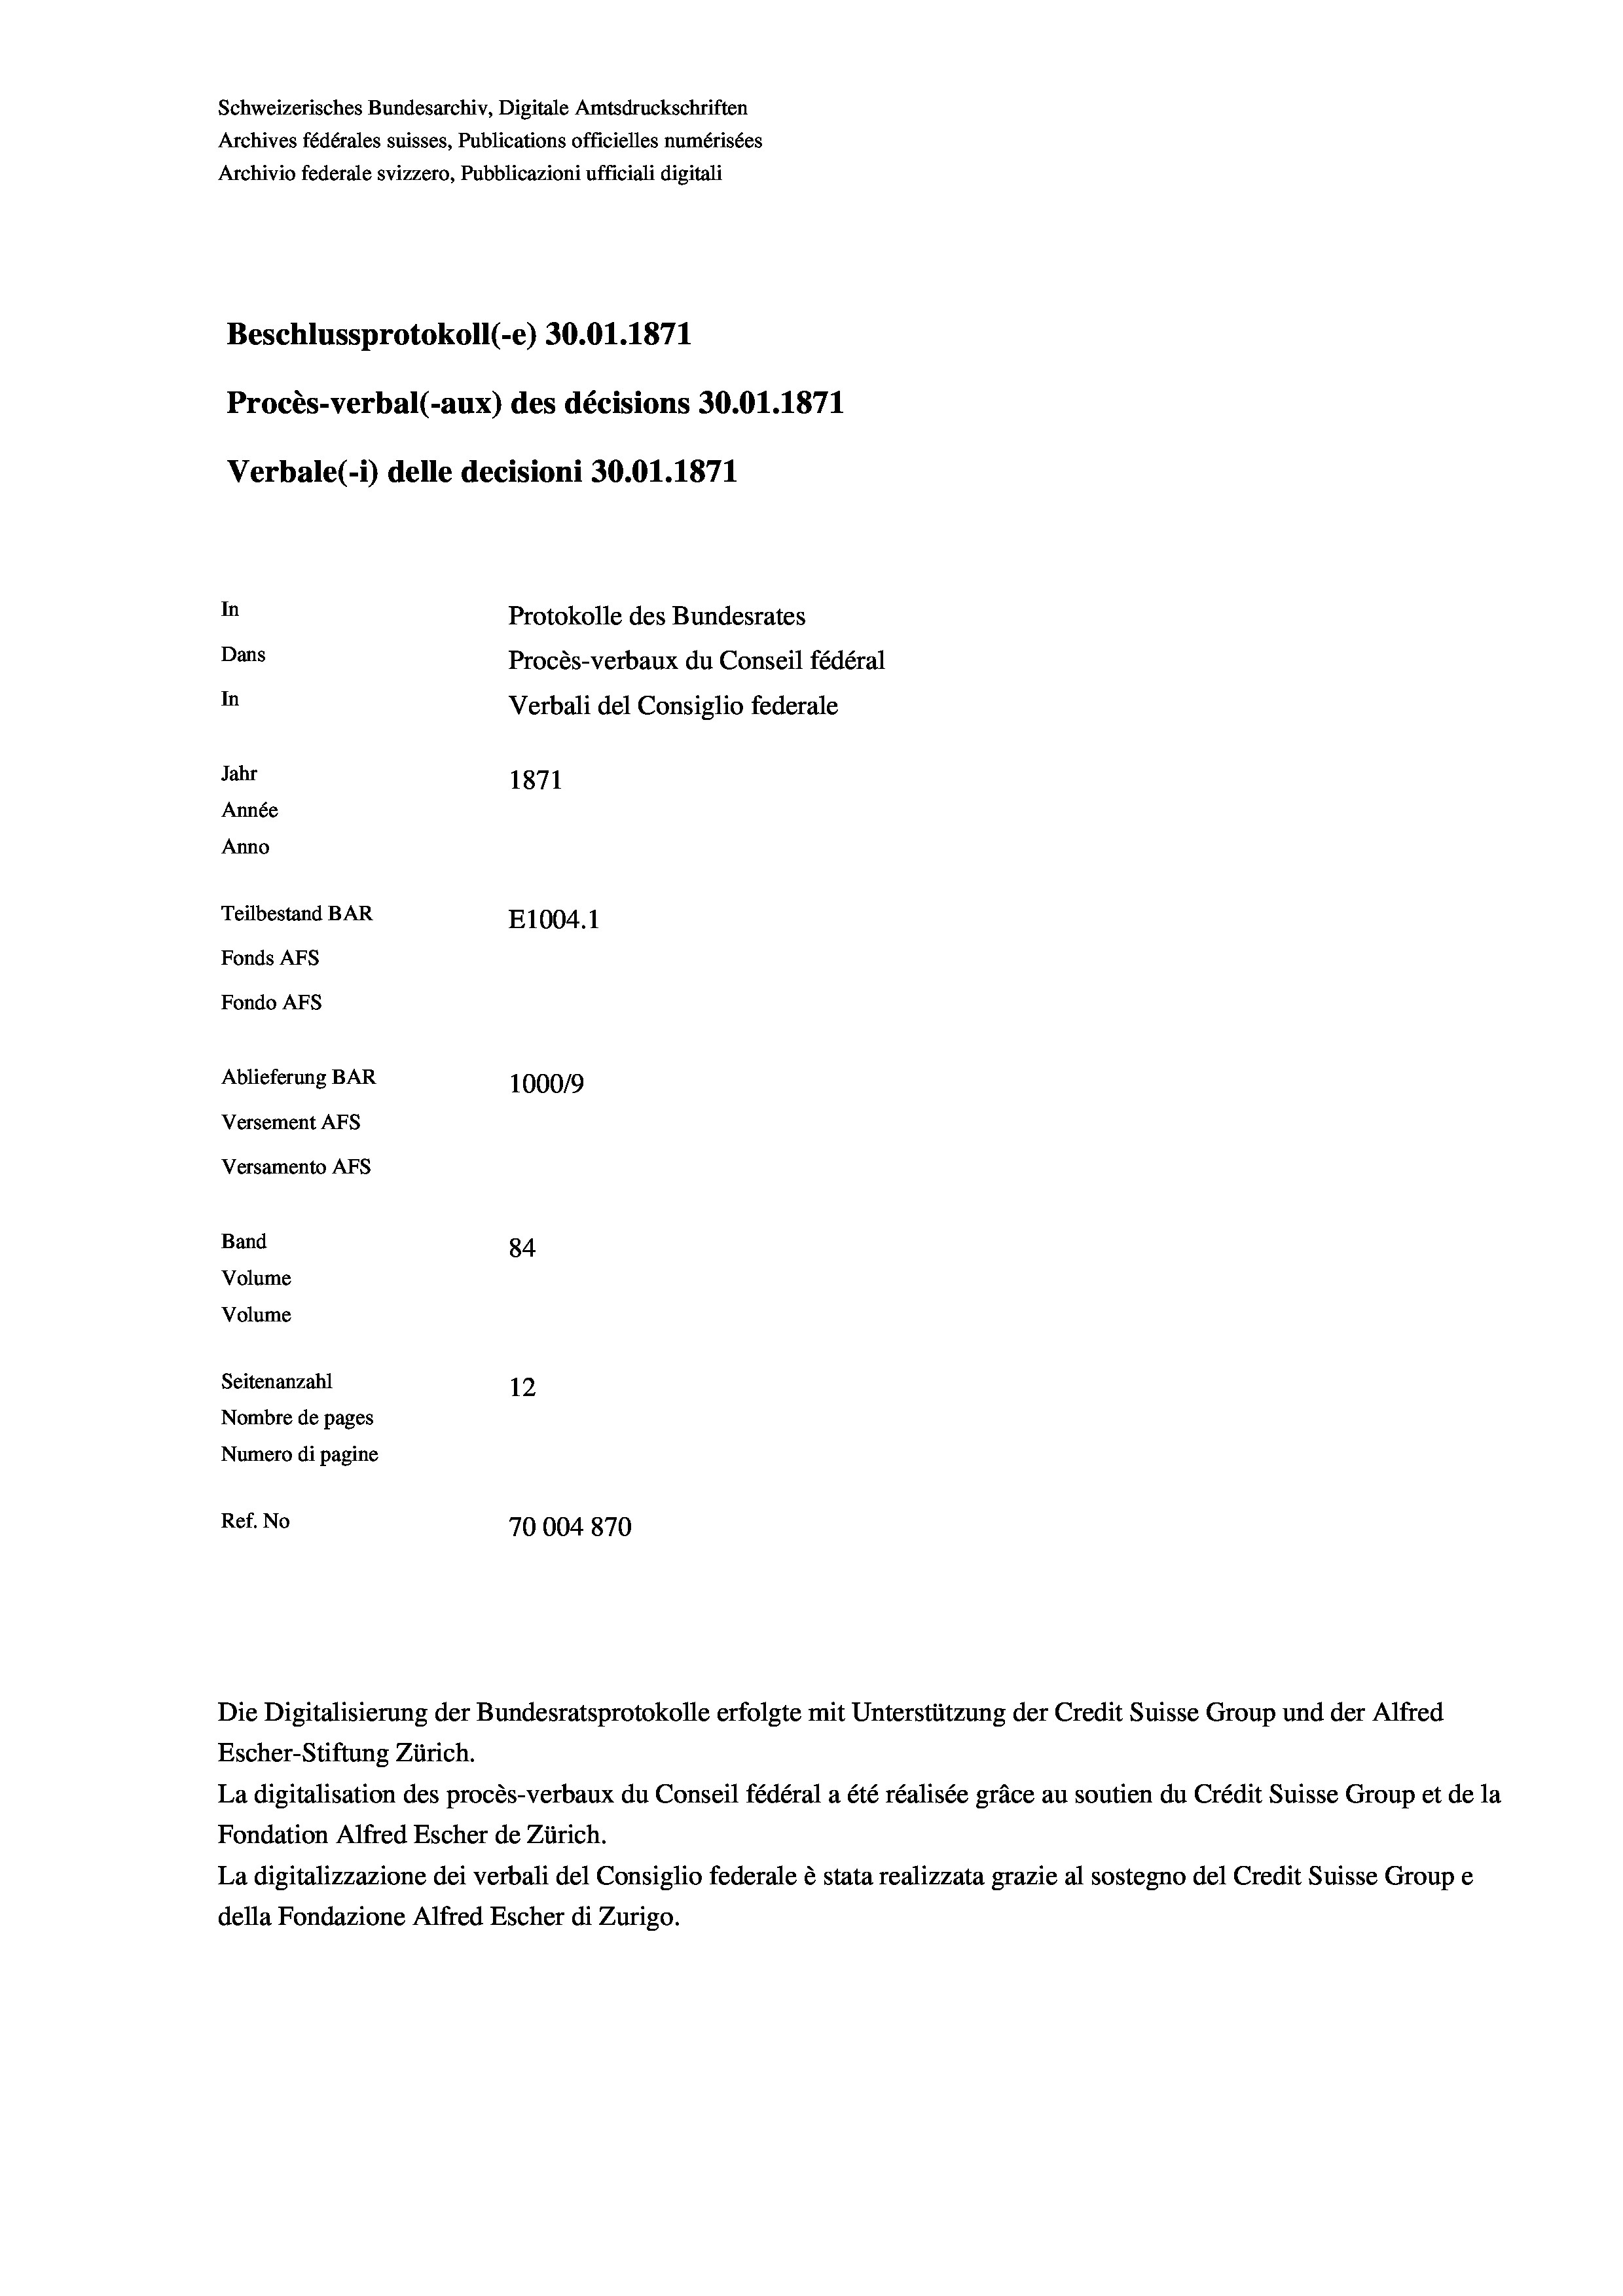
Schweizerisches Bundesarchiv, Digitale Amtsdruckschriften
Archives fédérales suisses, Publications officielles numérisées
Archivio federale svizzero, Pubblicazioni ufficiali digitali
Beschlussprotokoll (-e) 30.01. 1871
Procès-verbal (-aux) des décisions 30.01. 1871
Verbale (- 1) delle decisioni 30.01. 1871
In
Protokolle des Bundesrates
Dans
Procès-verbaux du Conseil fédéral
In
Verbali del Consiglio federale
Jahr
1871
Année
Anno
Teilbestand BAR
E1004.1
Fonds AFs
Fondo AFs
Ablieferung BAR
1000/9
Versement Abs
Versamento Afs
Band
84
Volume
Volume
Seitenanzahl
12
Nombre de pages
Numero di pagine
Ref. No
70004870

La digitalisation des procès-verbaux du Conseil fédéral a été réalisée gräce au soutien du Crédit Suisse Group et de la
Fondation Alfred Escher de Zürich.
La digitalizzazione dei verbali del Consiglio federale è stata realizzata grazie al sostegno del Credit Suisse Groupe
della Fondazione Alfred Escher di Zurigo.

Die Digitalisierung der Bundesratsprotokolle erfolgte mit Unterstützung der Credit Suisse Group und der Alfred
Escher-Stiftung Zürich.